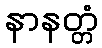
နာနတ္တံ